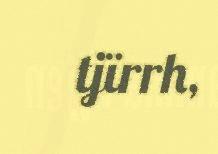
tjïrrh,